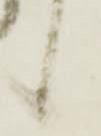
候